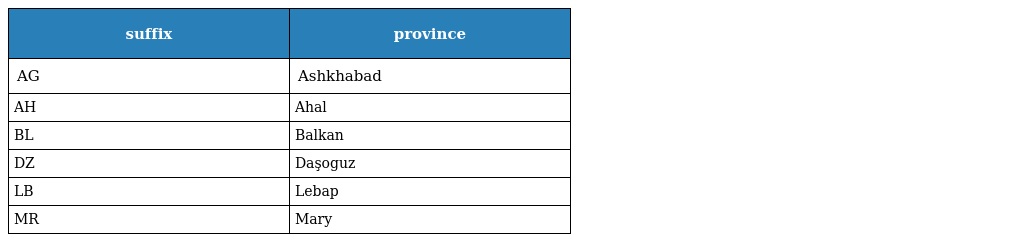
| suffix | province |
 | --- | --- |
 | AG | Ashkhabad |
 | AH | Ahal |
 | BL | Balkan |
 | DZ | Daşoguz |
 | LB | Lebap |
 | MR | Mary |